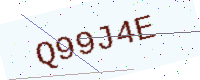
Text: Q99J4E